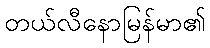
တယ်လီနောမြန်မာ၏